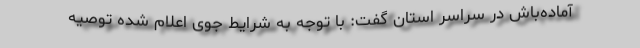
آماده‌باش در سراسر استان گفت: با توجه به شرایط جوی اعلام شده توصیه